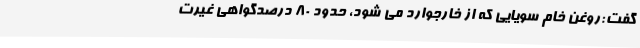
گفت:روغن خام سویایی که از خارجوارد می شود، حدود 80 درصدگواهی غیرت